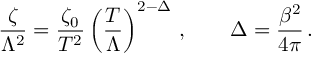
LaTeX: \frac \zeta { \Lambda ^ { 2 } } = \frac { \zeta _ { 0 } } { T ^ { 2 } } \left( \frac T \Lambda \right) ^ { 2 - \Delta } \, , \qquad \Delta = \frac { \beta ^ { 2 } } { 4 \pi } \, .